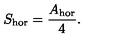
S _ { \mathrm { h o r } } = \frac { A _ { \mathrm { h o r } } } { 4 } .